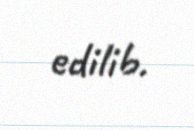
edilib.